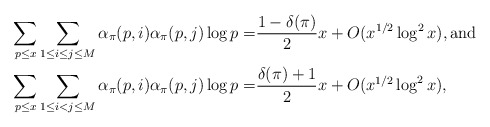
\begin{align*} \sum_{p \leq x} \sum_{1 \leq i \leq j \leq M}\alpha_{\pi}(p, i)\alpha_{\pi}(p, j)\log p=& \frac {1-\delta(\pi)}{2}x+O(x^{1/2}\log^{2} x), \mbox{and} \\ \sum_{p \leq x} \sum_{1 \leq i < j \leq M}\alpha_{\pi}(p, i)\alpha_{\pi}(p, j)\log p=& \frac {\delta(\pi) + 1}{2}x+O(x^{1/2}\log^{2} x),\end{align*}